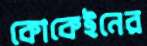
কোকেইনের